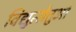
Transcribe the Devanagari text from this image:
विद्युत्सेतुओं